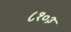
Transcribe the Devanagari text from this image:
८१०३